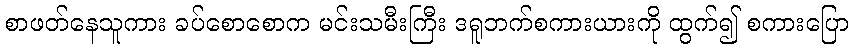
စာဖတ်နေသူကား ခပ်စောစောက မင်းသမီးကြီး ဒရူဘက်စကားယားကို ထွက်၍ စကားပြော